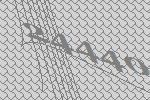
24440